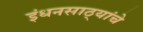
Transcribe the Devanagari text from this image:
इंधनसाठ्यांचे